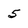
Character: 5